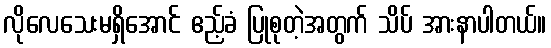
လိုလေသေးမရှိအောင် ဧည့်ခံ ပြုစုတဲ့အတွက် သိပ် အားနာပါတယ်။